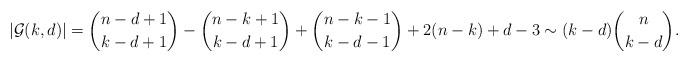
LaTeX: \begin{align*}|\mathcal G(k,d)|&=\binom{n-d+1}{k-d+1}-\binom{n-k+1}{k-d+1}+\binom{n-k-1}{k-d-1}+2(n-k)+d-3 \sim(k-d)\binom{n}{k-d}.\end{align*}